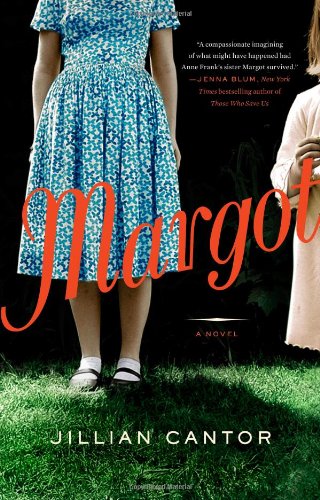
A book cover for Margot: a Novel; Jillian Cantor; Literature & Fiction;